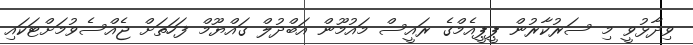
ވިދާޅުވީ މި ސަރުކާރުން ޕީޕީއެމްގެ ރައީސް މައުމޫން އަބްދުލް ގައްޔޫމް ފަހަތަށް ޖެއްސެވުމަށްޓަކައި